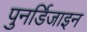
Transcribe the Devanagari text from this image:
पुनर्डिजाइन